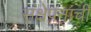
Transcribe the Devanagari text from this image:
संक्षेपनाची